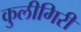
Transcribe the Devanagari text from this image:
कुलीगिरी